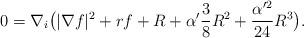
LaTeX: \begin{align*}0=\nabla_i\big(|\nabla f|^2+rf+R+\alpha'\frac{3}{8}R^2+\frac{\alpha'^2}{24}R^3\big).\end{align*}